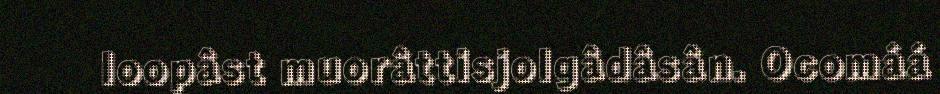
loopâst muorâttisjolgâdâsân. Ocomáá